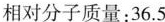
相对分子质量：36.5